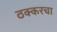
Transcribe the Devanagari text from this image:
ठक्करचा